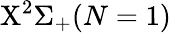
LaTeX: \mathrm{X}^{2}\Sigma_{+}(N=1)